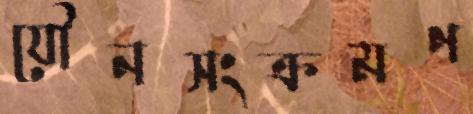
যৌনসংক্রমণ